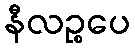
နီလဉ္စပေ